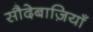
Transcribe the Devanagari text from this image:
सौदेबाज़ियाँ